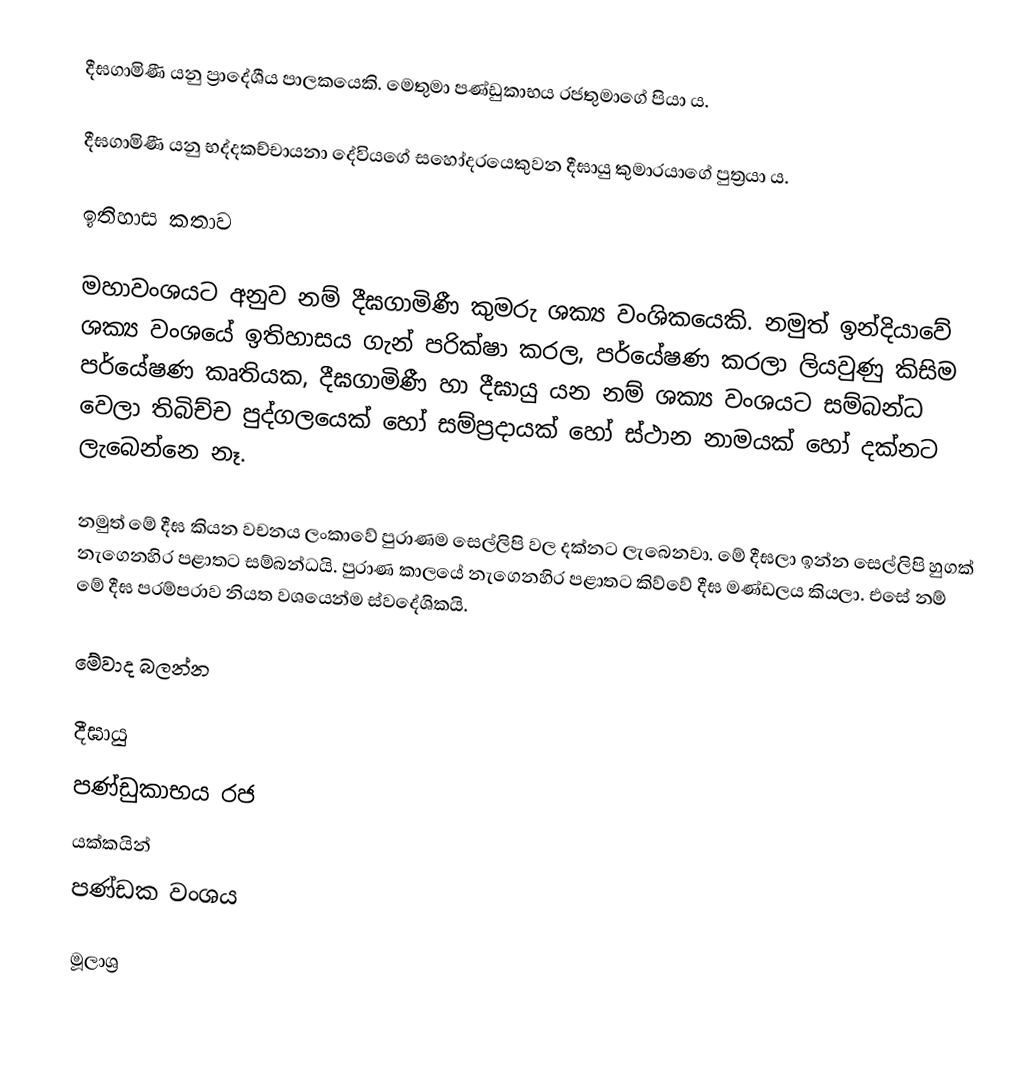
දීඝගාමිණී යනු ප්‍රාදේශීය පාලකයෙකි. මෙතුමා පණ්ඩුකාභය රජතුමාගේ පියා ය.

දීඝගාමිණී යනු භද්දකච්චායනා දේවියගේ සහෝදරයෙකුවන දීඝායු කුමාරයාගේ පුත්‍රයා ය. ‌

ඉතිහාස කතාව

මහාවංශයට අනුව නම් දීඝගාමිණී කුමරු ශක්‍ය වංශිකයෙකි. නමුත් ඉන්දියාවේ ශක්‍ය වංශයේ ඉතිහාසය ගැන් පරික්ෂා කරල, පර්යේෂණ කරලා ලියවුණු කිසිම පර්යේෂණ කෘතියක, දීඝගාමිණී හා දීඝායු යන නම් ශක්‍ය වංශයට සම්බන්ධ වෙලා තිබිච්ච පුද්ගලයෙක් හෝ සම්ප්‍රදායක් හෝ ස්ථාන නාමයක් හෝ දක්නට ලැබෙන්නෙ නෑ.

නමුත් මේ දීඝ කියන වචනය ලංකාවේ පුරාණම සෙල්ලිපි වල දක්නට ලැබෙනවා. මේ දීඝලා ඉන්න සෙල්ලිපි හුගක් නැගෙනහිර පළාතට සම්බන්ධයි. පුරාණ කාලයේ නැගෙනහිර පළාතට කිව්වේ දීඝ මණ්ඩලය කියලා. එසේ නම් මේ දීඝ පරම්පරාව නියත වශයෙන්ම ස්වදේශිකයි.

මේවාද බලන්න

 දීඝායු
 පණ්ඩුකාභය රජ
 යක්කයින්
 පණ්ඩක වංශය

මූලාශ්‍ර